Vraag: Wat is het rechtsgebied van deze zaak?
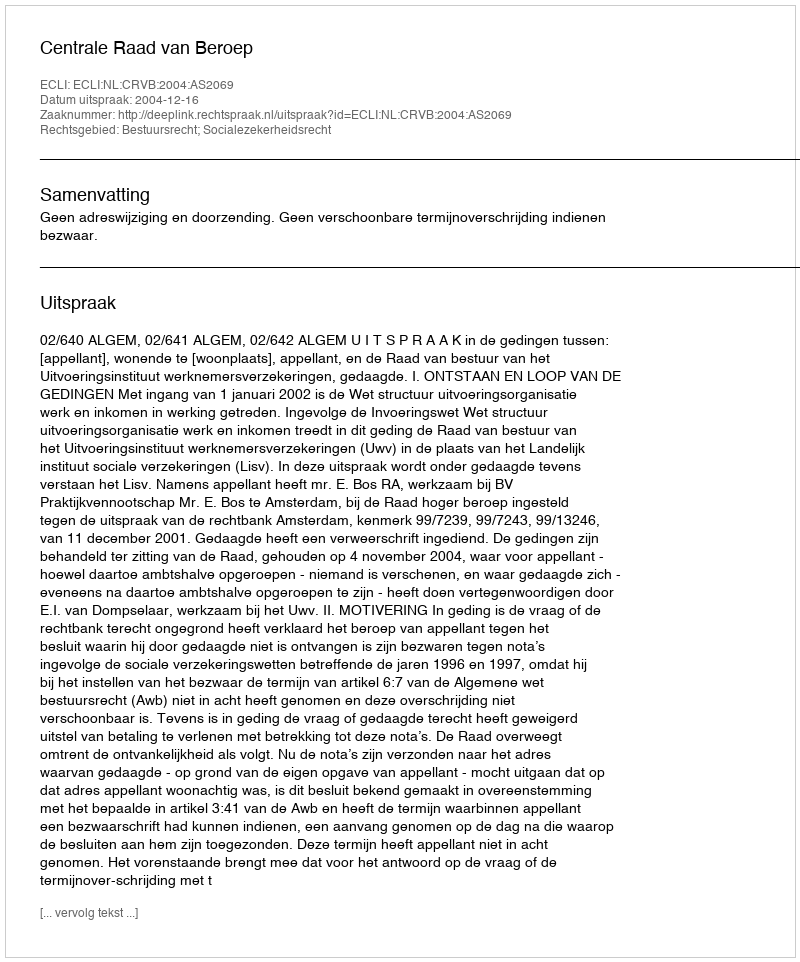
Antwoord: Bestuursrecht; Socialezekerheidsrecht